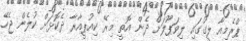
ޕްރެމިއާ ލީގުގައި ލިވަޕޫލަށް ދެން އޮތީ މިރޭ ކިއުޕީއާރާ ދެކޮޅަށް ކުލެން ޖެހޭ